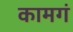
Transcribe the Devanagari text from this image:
कामगं